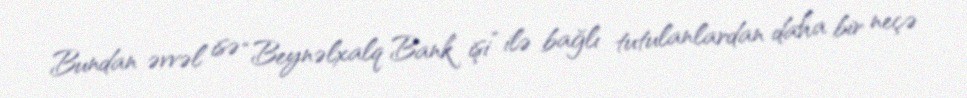
Bundan əvvəl isə “Beynəlxalq Bank işi” ilə bağlı tutulanlardan daha bir neçə